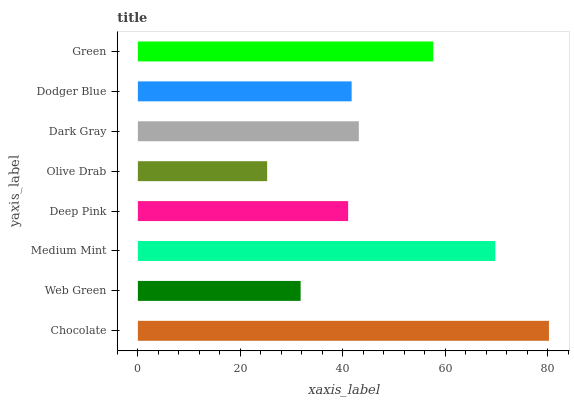
| yaxis_label | bars |
 | --- | --- |
 | Chocolate | 80.3 |
 | Web Green | 31.8 |
 | Medium Mint | 69.8 |
 | Deep Pink | 41.1 |
 | Olive Drab | 25.2 |
 | Dark Gray | 43.1 |
 | Dodger Blue | 41.7 |
 | Green | 57.7 |